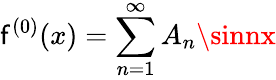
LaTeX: \mathsf{f}^{(0)}(x)=\sum_{n=1}^{\infty}A_{n}\sinnx